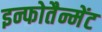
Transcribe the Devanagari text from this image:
इन्फोतैन्मेंट